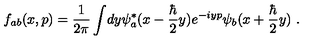
f _ { a b } ( x , p ) = { \frac { 1 } { 2 \pi } } \int \! d y \psi _ { a } ^ { * } ( x - { \frac { \hbar } { 2 } } y ) e ^ { - i y p } \psi _ { b } ( x + { \frac { \hbar } { 2 } } y ) \ .